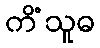
ကိံသူဓ